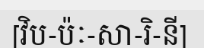
[វិប-ប៉ៈ-សា-រិ-នី]